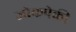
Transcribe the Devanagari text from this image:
जोकपेकी